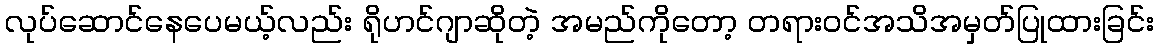
လုပ်ဆောင်နေပေမယ့်လည်း ရိုဟင်ဂျာဆိုတဲ့ အမည်ကိုတော့ တရားဝင်အသိအမှတ်ပြုထားခြင်း